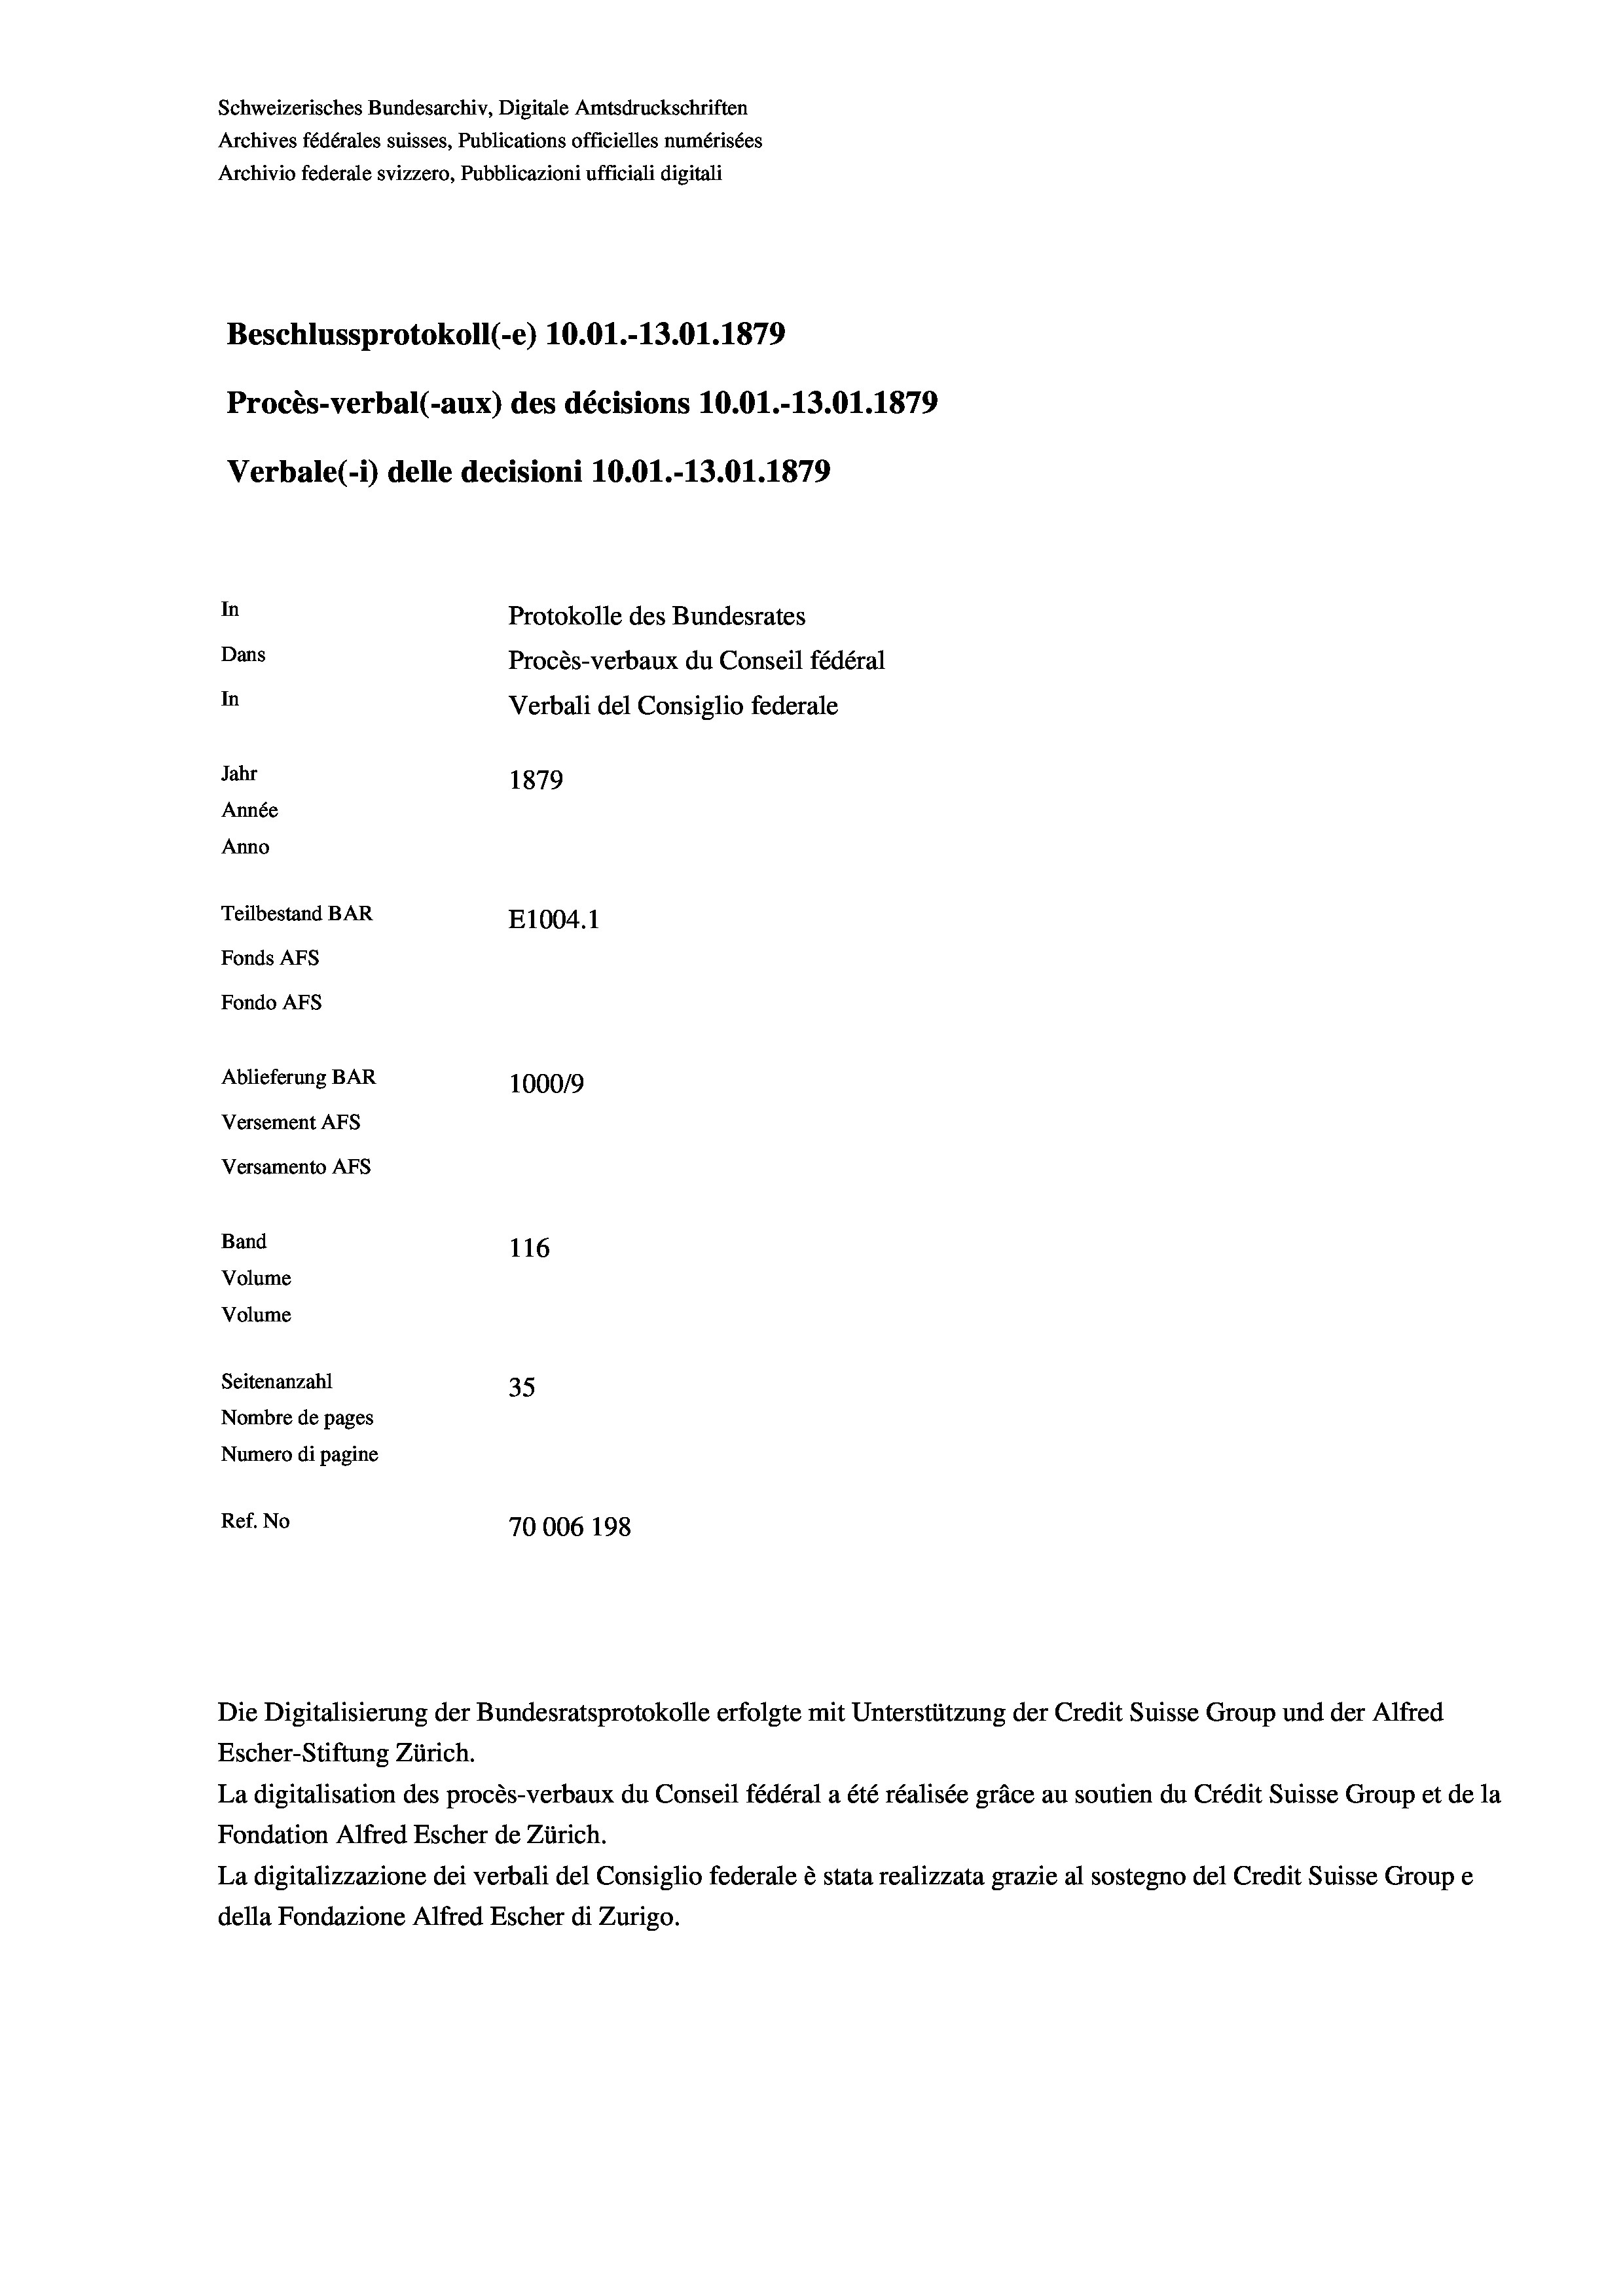
Schweizerisches Bundesarchiv, Digitale Amtsdruckschriften
Archives fédérales suisses, Publications officielles numérisées
Archivio federale svizzero, Pubblicazioni ufficiali digitali
Beschlussprotokoll (-e) 10.01.-13.01. 1879
Procès-verbal (-aux) des décisions 10.01.-13.01. 1879
Verbale (- 1) delle decisioni 10.01.-13.01. 1879
In
Protokolle des Bundesrates
Dans
Procès-verbaux du Conseil fédéral
In
Verbali del Consiglio federale
Jahr
1879
Année
Anno
Teilbestand BAR
E1004.1
Fonds AFs
Fondo AFs
Ablieferung BAR
100019
Versement AFs
Versamento AFs
Band
116
Volume
Volume

Seitenanzahl
35
Nombre de pages
Numero di pagine
Ref. No
70006 198

Escher-Stiftung Zürich.
La digitalisation des procès-verbaux du Conseil fédéral a été réalisée gräce au soutien du Crédit Suisse Group et de la
Fondation Alfred Escher de Zürich.
La digitalizzazione dei verbali del Consiglio federale è stata realizzata grazie al sostegno del Credit Suisse Groupe
della Fondazione Alfred Escher di Zurigo.

Die Digitalisierung der Bundesratsprotokolle erfolgte mit Unterstützung der Credit Suisse Group und der Alfred